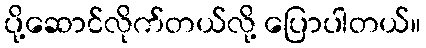
ပို့ဆောင်လိုက်တယ်လို့ ပြောပါတယ်။